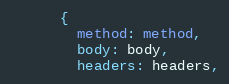
Language: Ruby
      {
        method: method,
        body: body,
        headers: headers,